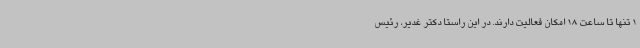
1 تنها تا ساعت 18 امکان فعالیت دارند. در این راستا دکتر غدیر، رئیس